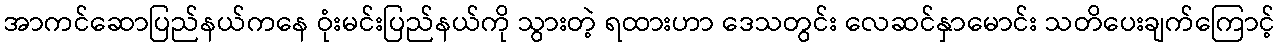
အာကင်ဆောပြည်နယ်ကနေ ဝုံးမင်းပြည်နယ်ကို သွားတဲ့ ရထားဟာ ဒေသတွင်း လေဆင်နှာမောင်း သတိပေးချက်ကြောင့်